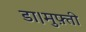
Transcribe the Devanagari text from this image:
डा।मुफ़्ती